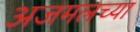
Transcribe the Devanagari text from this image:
अजमलच्या